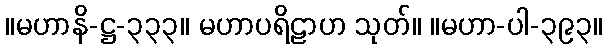
။မဟာနိ-ဋ္ဌ-၃၃၃။ မဟာပရိဠာဟ သုတ်။ ။မဟာ-ပါ-၃၉၃။